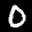
Label: 0